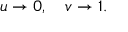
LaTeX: u \rightarrow 0 , \quad v \rightarrow 1 .